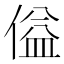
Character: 𪝞